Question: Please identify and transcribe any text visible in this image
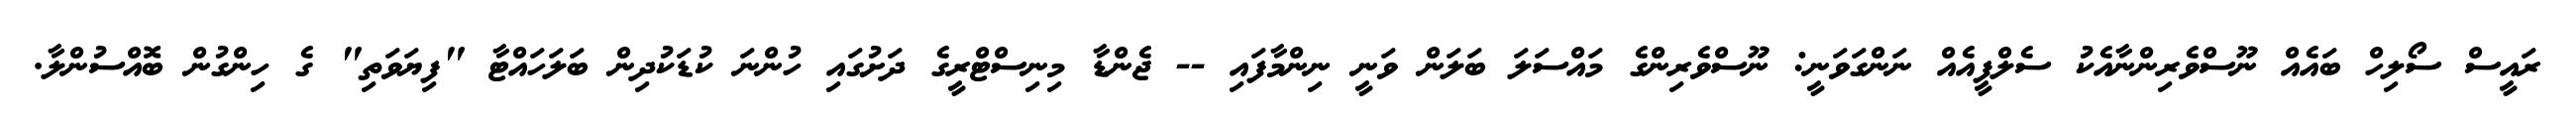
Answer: ރައީސް ސޯލިހް ބައެއް ނޫސްވެރިންނާއެކު ސެލްފީއެއް ނަންގަވަނީ: ނޫސްވެރިންގެ މައްސަލަ ބަލަން ވަނީ ނިންމާފައި -- ޖެންޑާ މިނިސްޓްރީގެ ދަށުގައި ހުންނަ ކުޑަކުދިން ބަލަހައްޓާ "ފިޔަވަތި" ގެ ހިންގުން ބޮއްސުންލާ.